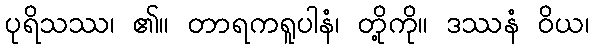
ပုရိသဿ၊ ၏။ တာရကရူပါနံ၊ တို့ကို။ ဒဿနံ ဝိယ၊